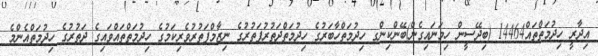
އިދާރީ ހިދުމަތްތައް14464 (ބިދޭސީން ހިމަނައިގެން)ބޭންކިންގ ހިދުމަތްހާބަރުގެ ހިދުމަތްދަތުރުފަތުރުގެ ނިޒާމްފަތުރުވެރިކަމުގެ ހިދުމަތްތައްވައިގެ ދަތުރުގެ ހިދުމަތްއެންމެ